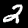
Label: 2